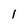
Character: 1